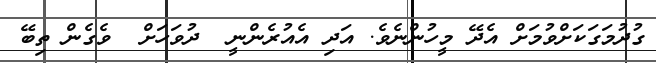
ގުދުމަގަކަށްވުމަށް އެދޭ މީހުންނެވެ. އަދި އެއުރެންނީ  ދުވަހަށް  ވެގެން ތިބޭ